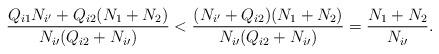
LaTeX: \begin{align*}\frac{Q_{i1}N_{i^\prime}+Q_{i2}(N_1+N_2)}{N_{i\prime}(Q_{i2}+N_{i\prime})} <{}&\frac{(N_{i^\prime}+Q_{i2})(N_1+N_2)}{N_{i\prime}(Q_{i2}+N_{i\prime})} ={}\frac{N_1+N_2}{N_{i\prime}}.\end{align*}